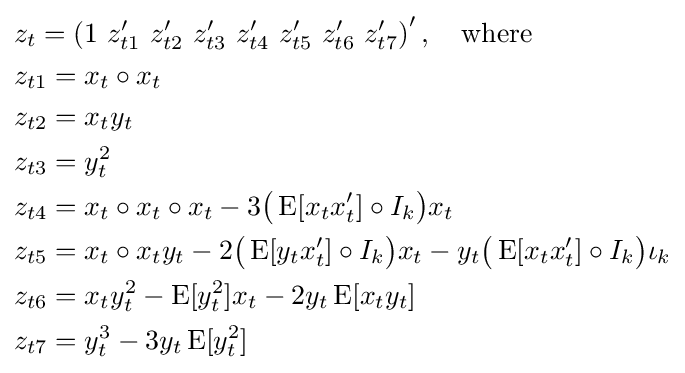
{\begin{aligned}&z_{t}=\left(1\ z_{t1}'\ z_{t2}'\ z_{t3}'\ z_{t4}'\ z_{t5}'\ z_{t6}'\ z_{t7}'\right)',\quad {\text{where}}\\&z_{t1}=x_{t}\circ x_{t}\\&z_{t2}=x_{t}y_{t}\\&z_{t3}=y_{t}^{2}\\&z_{t4}=x_{t}\circ x_{t}\circ x_{t}-3{\big (}\operatorname {E} [x_{t}x_{t}']\circ I_{k}{\big )}x_{t}\\&z_{t5}=x_{t}\circ x_{t}y_{t}-2{\big (}\operatorname {E} [y_{t}x_{t}']\circ I_{k}{\big )}x_{t}-y_{t}{\big (}\operatorname {E} [x_{t}x_{t}']\circ I_{k}{\big )}\iota _{k}\\&z_{t6}=x_{t}y_{t}^{2}-\operatorname {E} [y_{t}^{2}]x_{t}-2y_{t}\operatorname {E} [x_{t}y_{t}]\\&z_{t7}=y_{t}^{3}-3y_{t}\operatorname {E} [y_{t}^{2}]\end{aligned}}